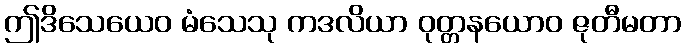
ဤဒိသေယေဝ မံသေသု ကဒလိယာ ဝုတ္တနယောဝ ဇုတီမတာ